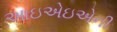
આઇએઇએની